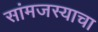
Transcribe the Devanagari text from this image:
सांमजस्याचा